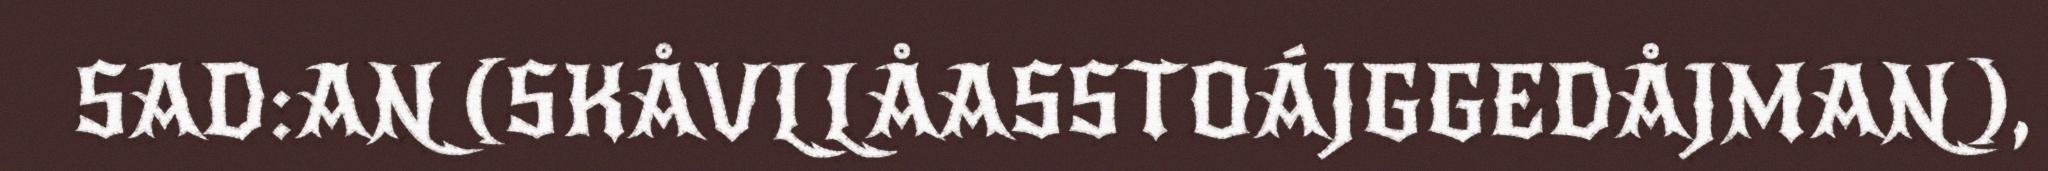
SAD:AN (SKÅVLLÅASSTOÁJGGEDÅJMAN),